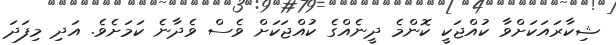
ޝިކާރައަކަށްވާ ކުއްޖަކީ ކޮންމެ ދީނެއްގެ ކުއްޖަކަށް ވެސް ވެދާނެ ކަމަށެވެ. އަދި މިފަދަ